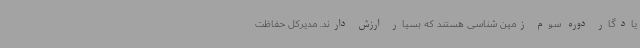
یادگار دوره سوم زمین شناسی هستند که بسیار ارزش دارند. مدیرکل حفاظت